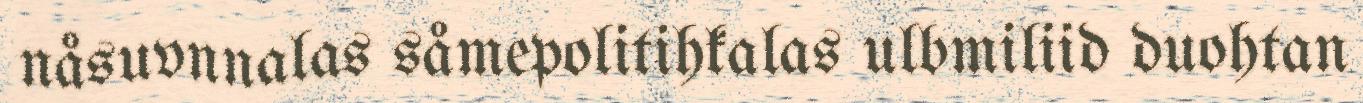
nåsuvnnalas såmepolitihkalas ulbmiliid duohtan